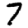
Digit: 7